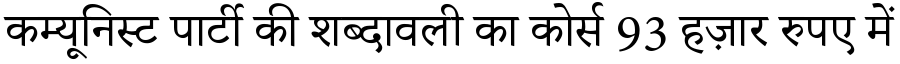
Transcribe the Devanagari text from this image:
कम्यूनिस्ट पार्टी की शब्दावली का कोर्स 93 हज़ार रुपए में